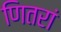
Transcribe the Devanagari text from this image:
णितरां